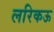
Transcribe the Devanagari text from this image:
लरिकऊ